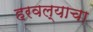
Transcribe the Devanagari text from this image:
हरवल्याचा